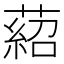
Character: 𦹄